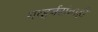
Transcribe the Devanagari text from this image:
गव्हर्नरांनाही